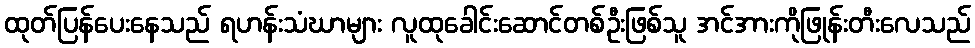
ထုတ်ပြန်ပေးနေသည် ရဟန်းသံဃာများ လူထုခေါင်းဆောင်တစ်ဦးဖြစ်သူ အင်အားကိုဖြုန်းတီးလေသည်